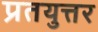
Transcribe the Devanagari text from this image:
प्रतयुत्तर